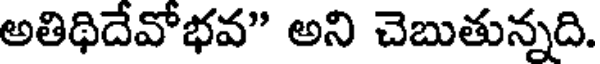
అతిథిదేవోభవ" అని చెబుతున్నది.